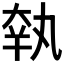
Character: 𡘺